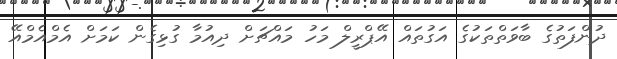
ދުންފަތުގެ ބާވަތްތަކުގެ އަގުތައް އޭޕްރީލް މަހު މައްޗަށް ދިއުމާ ގުޅިގެން ކަމަށް އެމްއެމްއޭ